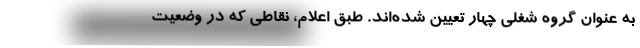
به عنوان گروه شغلی چهار تعیین شده‌اند. طبق اعلام، نقاطی که در وضعیت